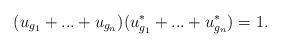
LaTeX: \begin{align*}(u_{g_1} + ... + u_{g_n})(u^*_{g_1} + ... + u^*_{g_n}) = 1.\end{align*}